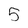
Character: 5